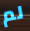
لم